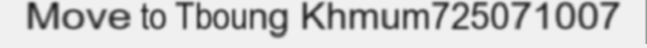
Move to Tboung Khmum725071007